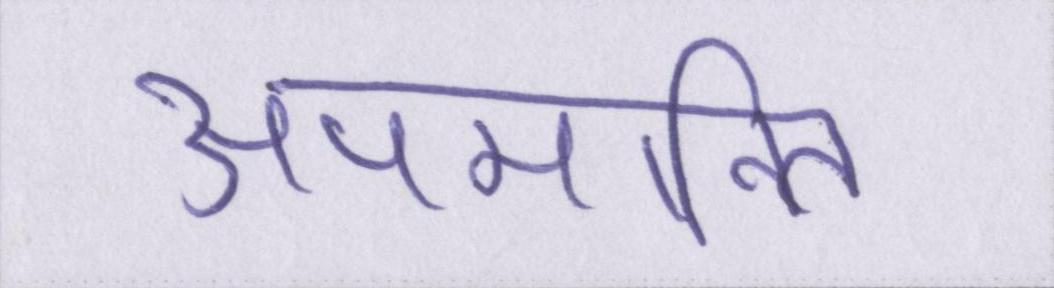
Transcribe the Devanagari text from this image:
अपमानित